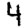
Digit: 4